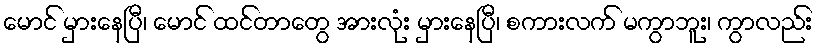
မောင် မှားနေပြီ၊ မောင် ထင်တာတွေ အားလုံး မှားနေပြီ၊ စကားလက် မကွာဘူး၊ ကွာလည်း